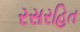
રસરહિત